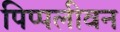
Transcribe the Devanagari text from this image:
पिप्पलीवन